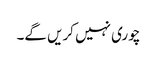
چوری نہیں کریں گے۔